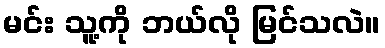
မင်း သူ့ကို ဘယ်လို မြင်သလဲ။